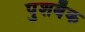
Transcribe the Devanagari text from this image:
पुशबैक